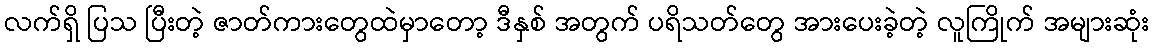
လက်ရှိ ပြသ ပြီးတဲ့ ဇာတ်ကားတွေထဲမှာတော့ ဒီနှစ် အတွက် ပရိသတ်တွေ အားပေးခဲ့တဲ့ လူကြိုက် အများဆုံး